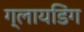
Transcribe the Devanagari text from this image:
ग्लायडिंग